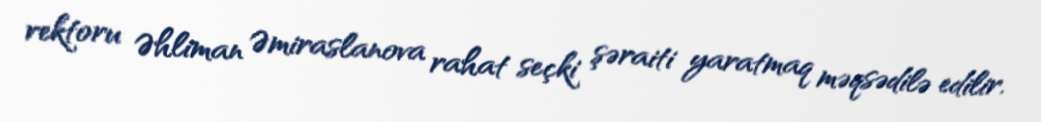
rektoru Əhliman Əmiraslanova rahat seçki şəraiti yaratmaq məqsədilə edilir.